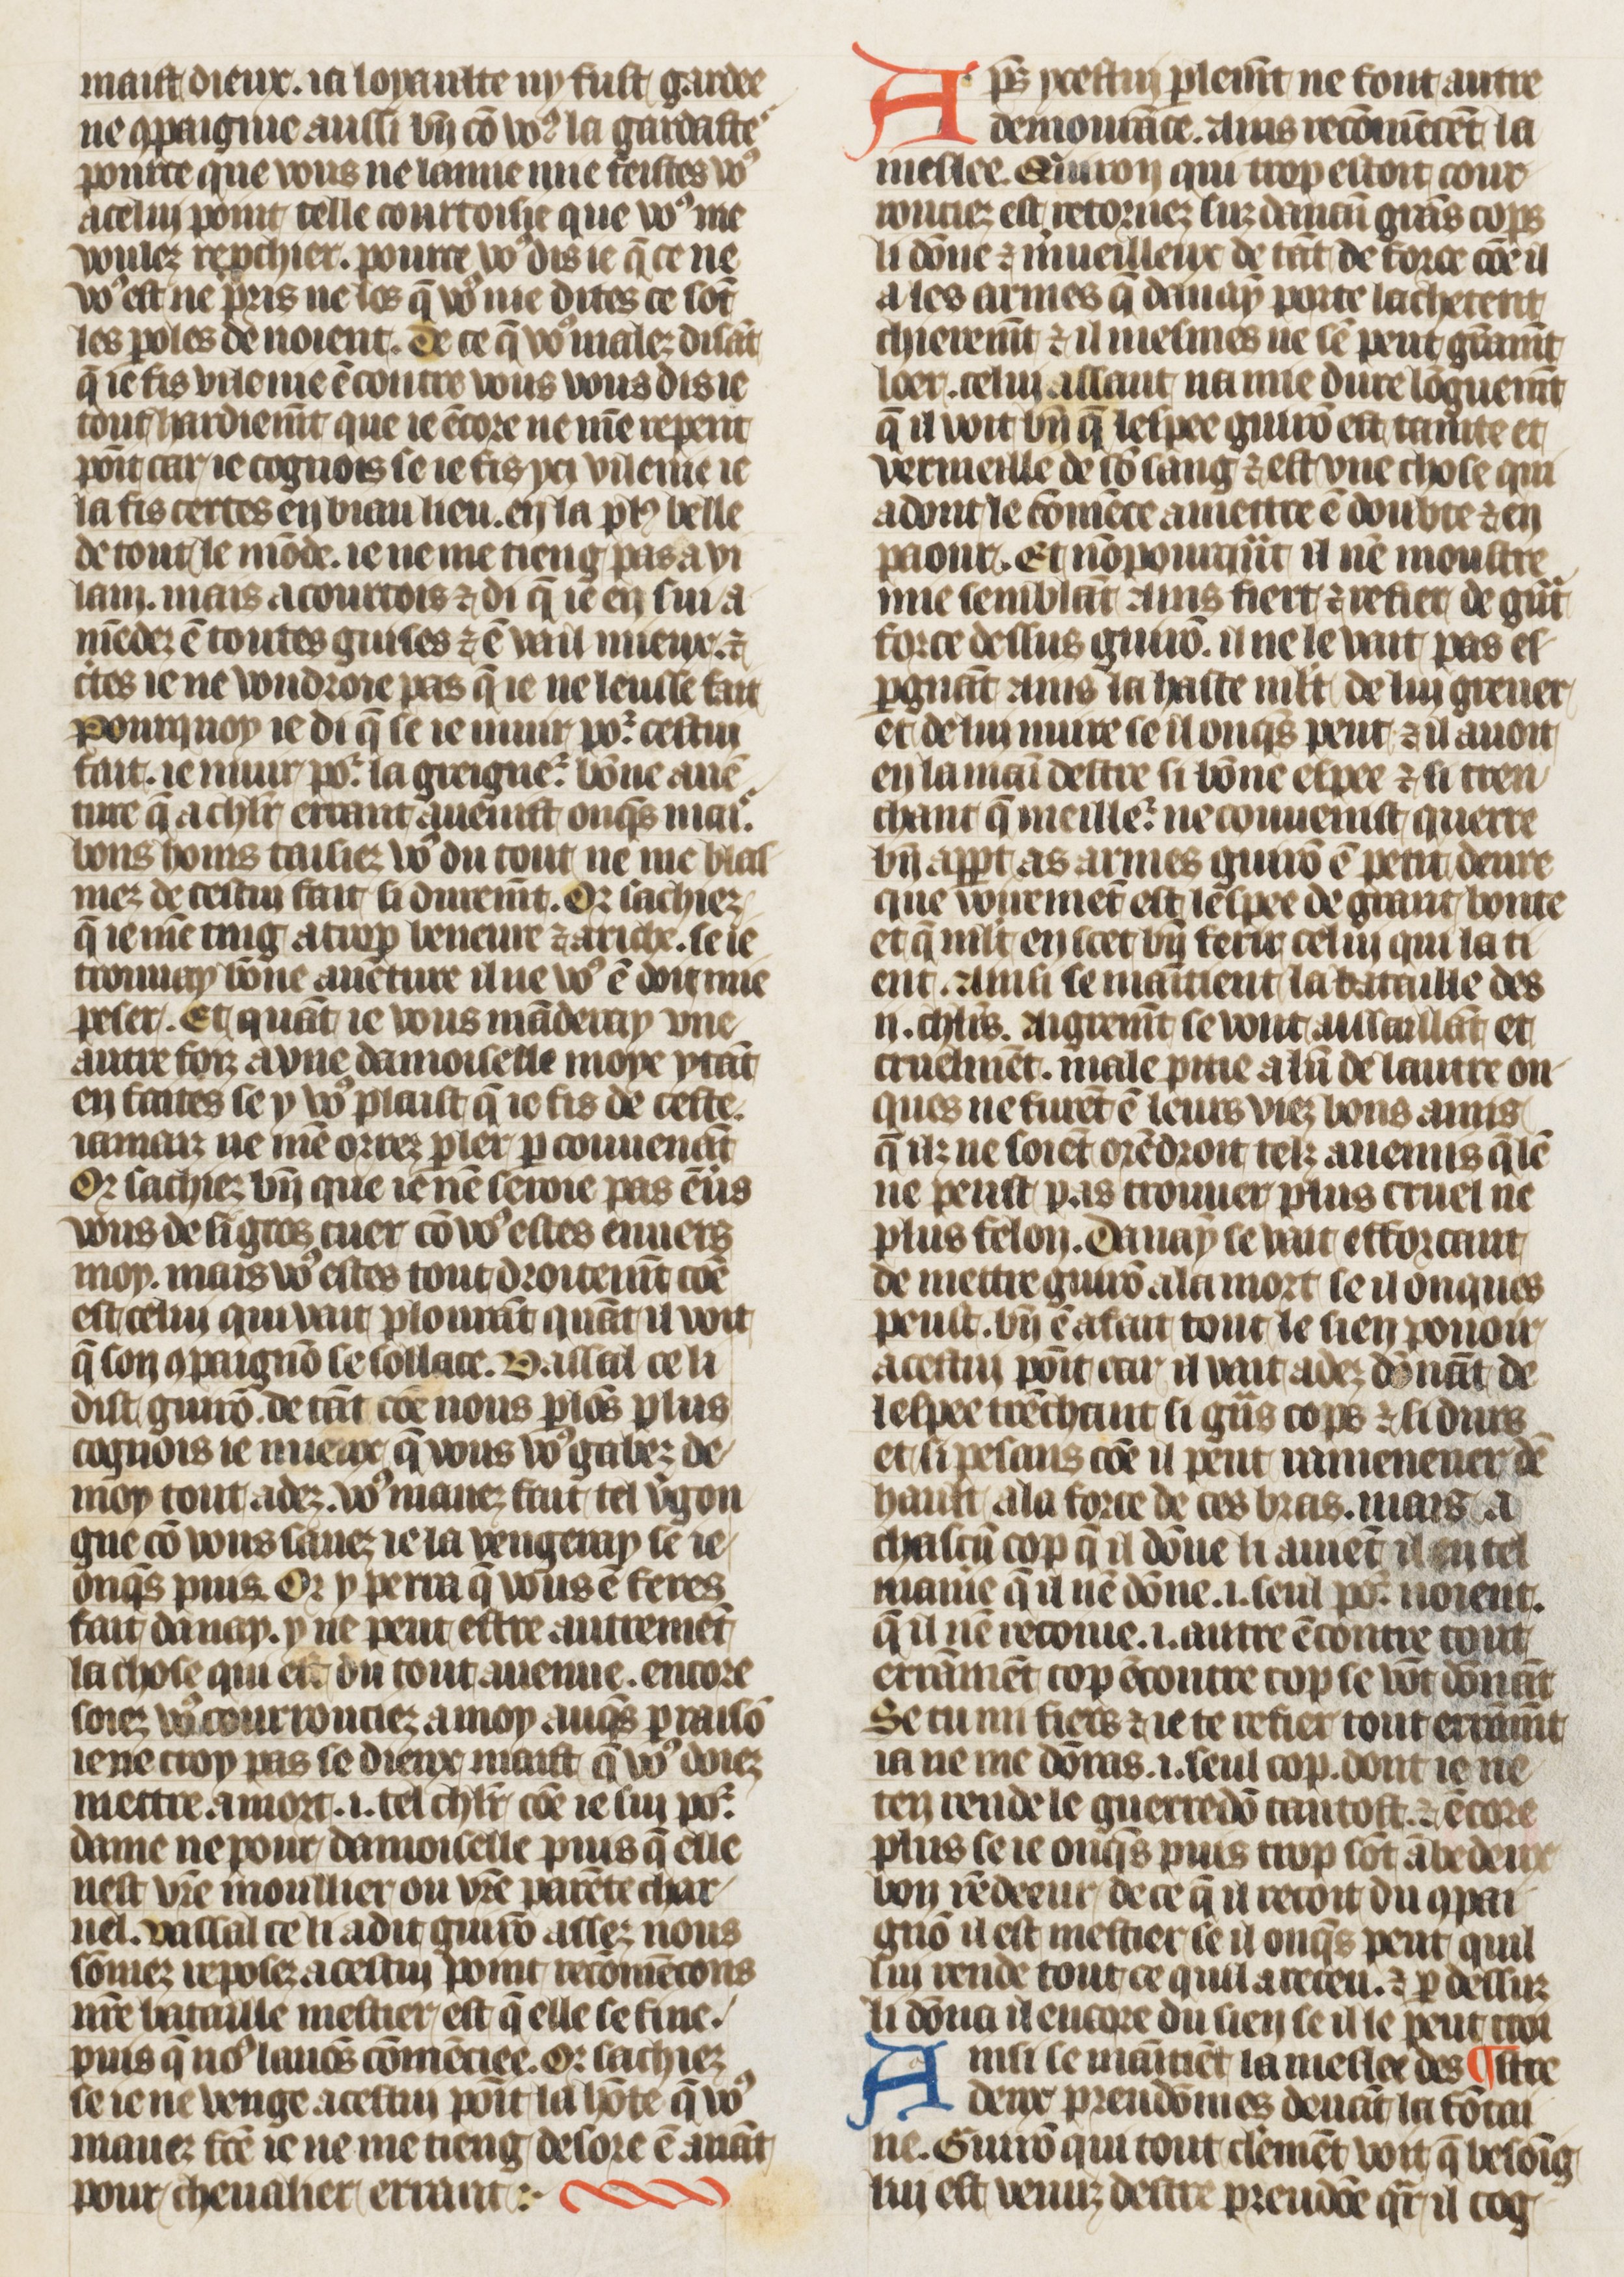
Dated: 1410–1430